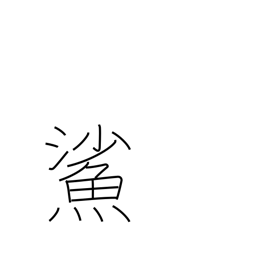
Meaning: goby (fish)